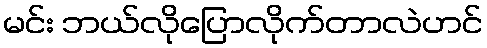
မင်း ဘယ်လိုပြောလိုက်တာလဲဟင်